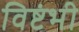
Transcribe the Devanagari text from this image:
विष्टंभी